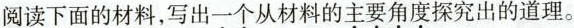
阅读下面的材料，写出一个从材料的主要角度探究出的道理。